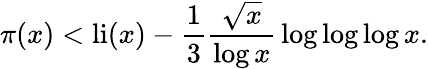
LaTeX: \pi(x)<\operatorname{li}(x)-{\frac{1}{3}}{\frac{\sqrt{x}}{\log x}}\log\log\log x.